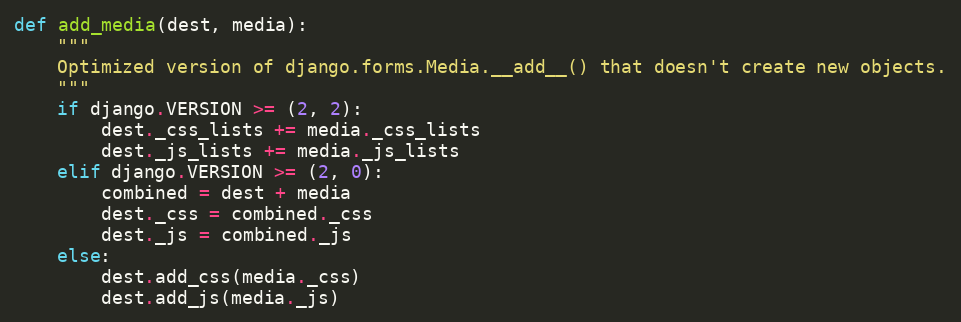
Language: Python
def add_media(dest, media):
    """
    Optimized version of django.forms.Media.__add__() that doesn't create new objects.
    """
    if django.VERSION >= (2, 2):
        dest._css_lists += media._css_lists
        dest._js_lists += media._js_lists
    elif django.VERSION >= (2, 0):
        combined = dest + media
        dest._css = combined._css
        dest._js = combined._js
    else:
        dest.add_css(media._css)
        dest.add_js(media._js)